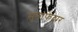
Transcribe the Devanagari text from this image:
मुनाफेदार